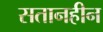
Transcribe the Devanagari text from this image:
सतानहीन